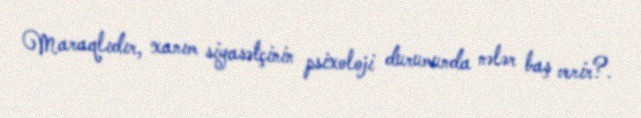
Maraqlıdır, xanım siyasətçinin psixoloji durumunda nələr baş verir?.